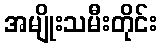
အမျိုးသမီးတိုင်း